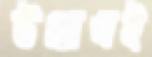
উল্লেখই